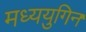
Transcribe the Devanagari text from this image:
मध्ययुगिन